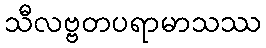
သီလဗ္ဗတပရာမာသဿ